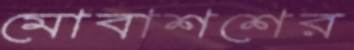
মোবাশশের